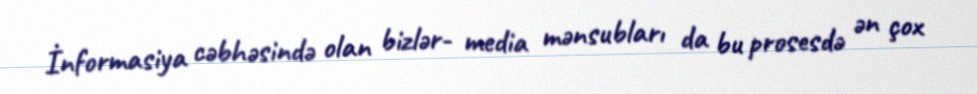
İnformasiya cəbhəsində olan bizlər- media mənsubları da bu prosesdə ən çox